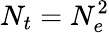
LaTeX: N_{t}=N_{e}^{2}